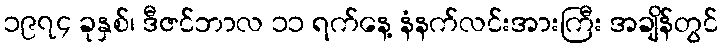
၁၉၇၄ ခုနှစ်၊ ဒီဇင်ဘာလ ၁၁ ရက်နေ့ နံနက်လင်းအားကြီး အချိန်တွင်